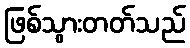
ဖြစ်သွားတတ်သည်